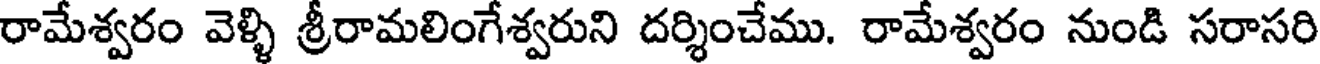
రామేశ్వరం వెళ్ళి శ్రీరామలింగేశ్వరుని దర్శించేము. రామేశ్వరం నుండి సరాసరి